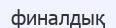
финалдық